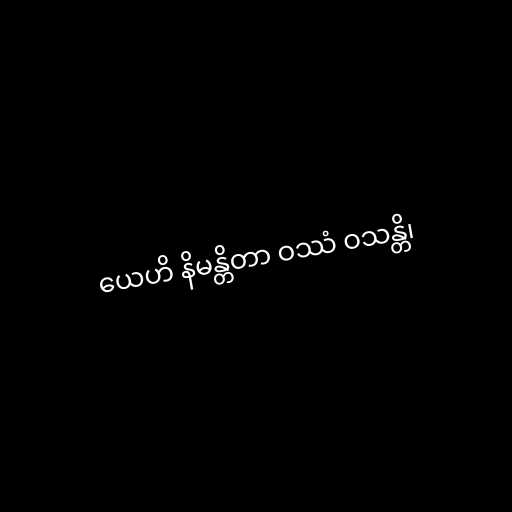
ယေဟိ နိမန္တိတာ ဝဿံ ဝသန္တိ၊